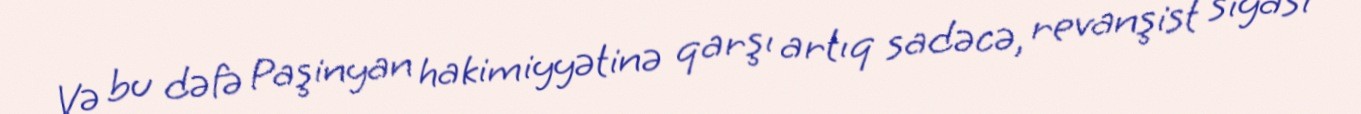
Və bu dəfə Paşinyan hakimiyyətinə qarşı artıq sadəcə, revanşist siyasi